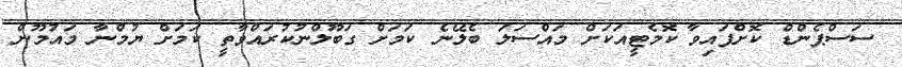
ސަސްޕެންޑް ކޮށްފައިވާ ކޮމެޓީއަކަށް މައްސަލަ ބެލޭނެ ކަމަށް ގަބޫލްނުކުރައްވާތީ ކަމަށް ޔުމްނާ މައުމޫން